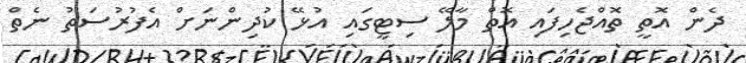
ދެން އޮތީ ތޮއްޖެހިފައި އޮތް މާލޭ ސިޓީގައި އުޅޭ ކުދިންނަށް އެފުރުސަތު ނެތް